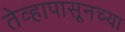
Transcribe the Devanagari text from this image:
तेव्हापासूनच्या